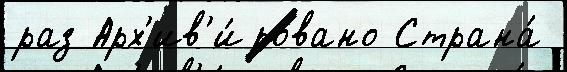
раз Арх'ив'и́ровано Страна́